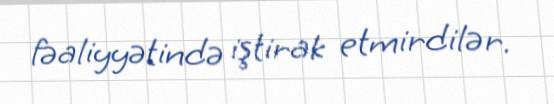
fəaliyyətində iştirak etmirdilər.